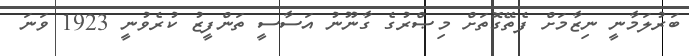
ބަރުލަމާނީ ނިޒާމަށް ފެތޭގޮތަށް މިޞްރުގެ ގާނޫނު އަސާސީ ތަންފީޒު ކުރެވުނީ 1923 ވަނަ